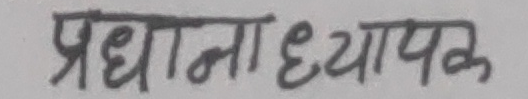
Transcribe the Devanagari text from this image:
प्रधानाध्यापक